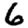
Digit: 6